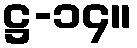
ဋ္ဌ-၁၄။